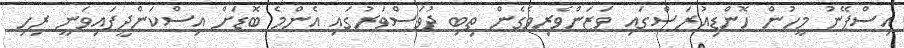
އިސްޕޭނު މީހުން ހޮންޑިއުރަސްގައި ވަޒަންވެރިވެގެން ތިބި ދުވަސްވަރުގައި އެންމެ ބޮޑަށް އިސްކަންދީފައިވަނީ ރިހި